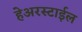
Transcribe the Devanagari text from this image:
हेअरस्टाईल